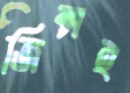
জিন্সই